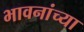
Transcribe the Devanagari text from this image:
भावनांच्या